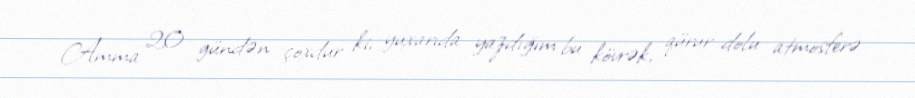
Amma 20 gündən çoxdur ki, yuxarıda yazdığım bu kövrək, qürur dolu atmosferə